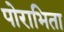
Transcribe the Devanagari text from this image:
पोराभिता